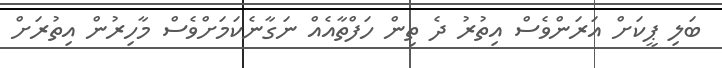
ބަލި ޕީކަށް އަރަންވެސް އިތުރު ދެ ތިން ހަފްތާއެއް ނަގާނެކަމަށްވެސް މާހިރުން އިތުރަށް